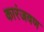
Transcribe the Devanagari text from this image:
कारंजवण